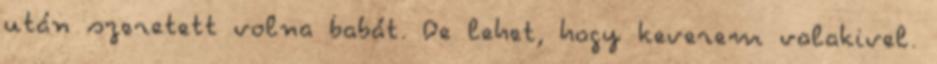
után szeretett volna babát. De lehet, hogy keverem valakivel.